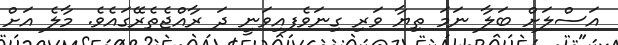
އަސްލަށް ބަލާ ނަަމަ ތިޔާ ވަރި ގިނަވެފއިވަނީ ދަ ރާއްޖެތެރޭގައެވެ. މާލެ އަށް